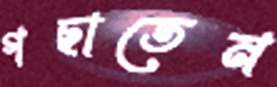
গছাতেন